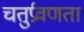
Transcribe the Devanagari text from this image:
चतुर्प्रवणता